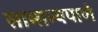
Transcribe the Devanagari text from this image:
सामान्यपाणे